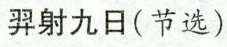
羿射九日(节选)